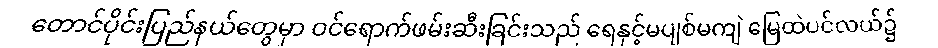
တောင်ပိုင်းပြည်နယ်တွေမှာ ဝင်ရောက်ဖမ်းဆီးခြင်းသည် ရေနှင့်မပျစ်မကျဲ မြေထဲပင်လယ်၌